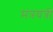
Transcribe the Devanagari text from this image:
मंत्रयंत्री